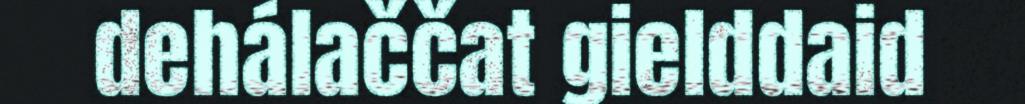
dehálaččat gielddaid